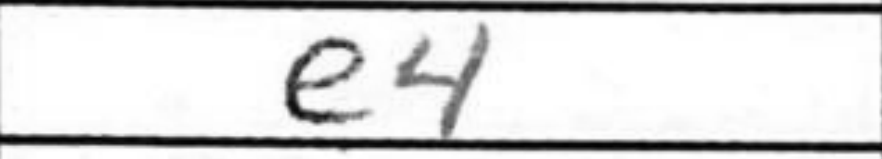
Transcription: e4